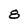
Character: 8